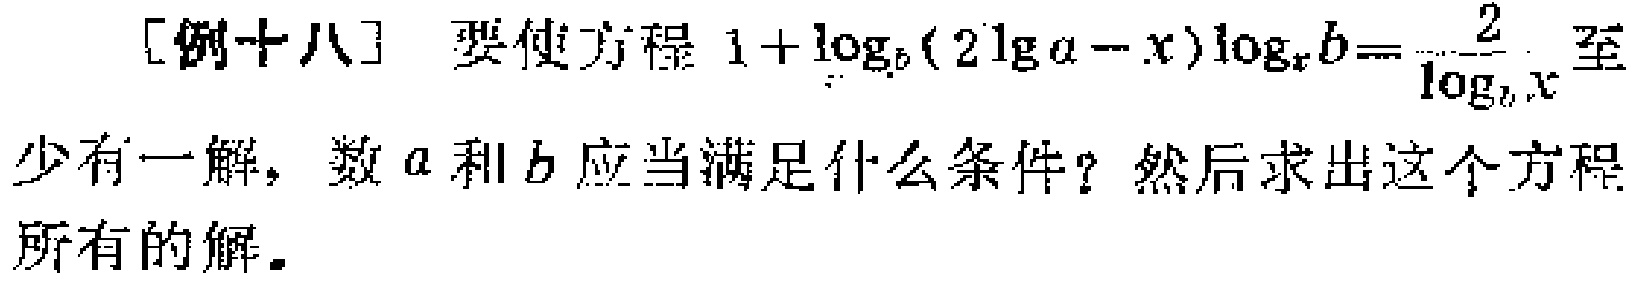
[例十八] 要使方程 \(1 + \log_{b}(2\lg a - x)\log_{x}b=\frac{2}{\log_{b}x}\) 至少有一解，数 \(a\) 和 \(b\) 应当满足什么条件？然后求出这个方程所有的解。